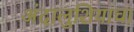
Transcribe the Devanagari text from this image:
अंदालुशियाचा